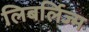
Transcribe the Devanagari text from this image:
लिबर्लिज्म